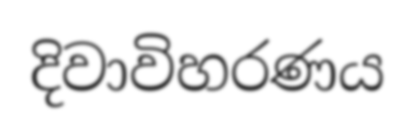
දිවාවිහරණය